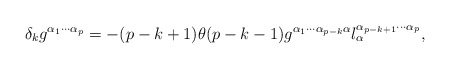
\begin{align*}\delta_{k} g^{\alpha_{1} \cdots \alpha_{p}}=-(p-k+1) \theta (p-k-1)g^{\alpha_{1} \cdots \alpha_{p-k} \alpha} l_{\alpha}^{\alpha_{p-k+1} \cdots\alpha_{p}}, \end{align*}